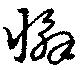
懈